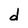
Character: d